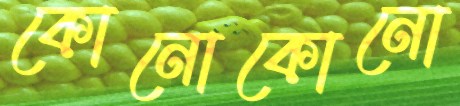
কোনোকোনো